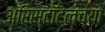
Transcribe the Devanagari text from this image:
अरिस्टॉटलच्या